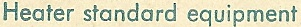
Heater standard equipment